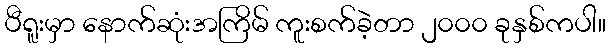
ပီရူးမှာ နောက်ဆုံးအကြိမ် ကူးစက်ခဲ့တာ ၂၀၀၀ ခုနှစ်ကပါ။